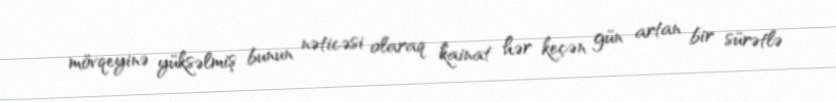
mövqeyinə yüksəlmiş bunun nəticəsi olaraq kainat hər keçən gün artan bir sürətlə